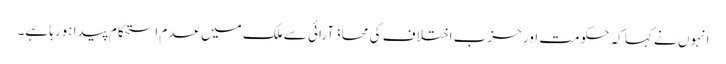
انہوں نے کہا کہ حکومت اور حزب اختلاف کی محاذ آرائی سے ملک میں عدم استحکام پیدا ہورہا ہے۔